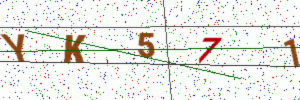
Text: YK571